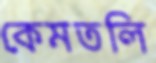
কেমতলি